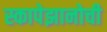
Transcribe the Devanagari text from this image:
स्कापेझानोची